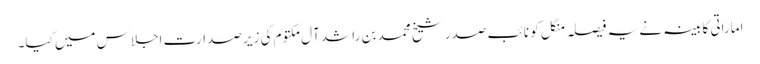
اماراتی کابینہ نے یہ فیصلہ منگل کو نائب صدر شیخ محمد بن راشد آل مکتوم کی زیر صدارت اجلاس میں کیا۔